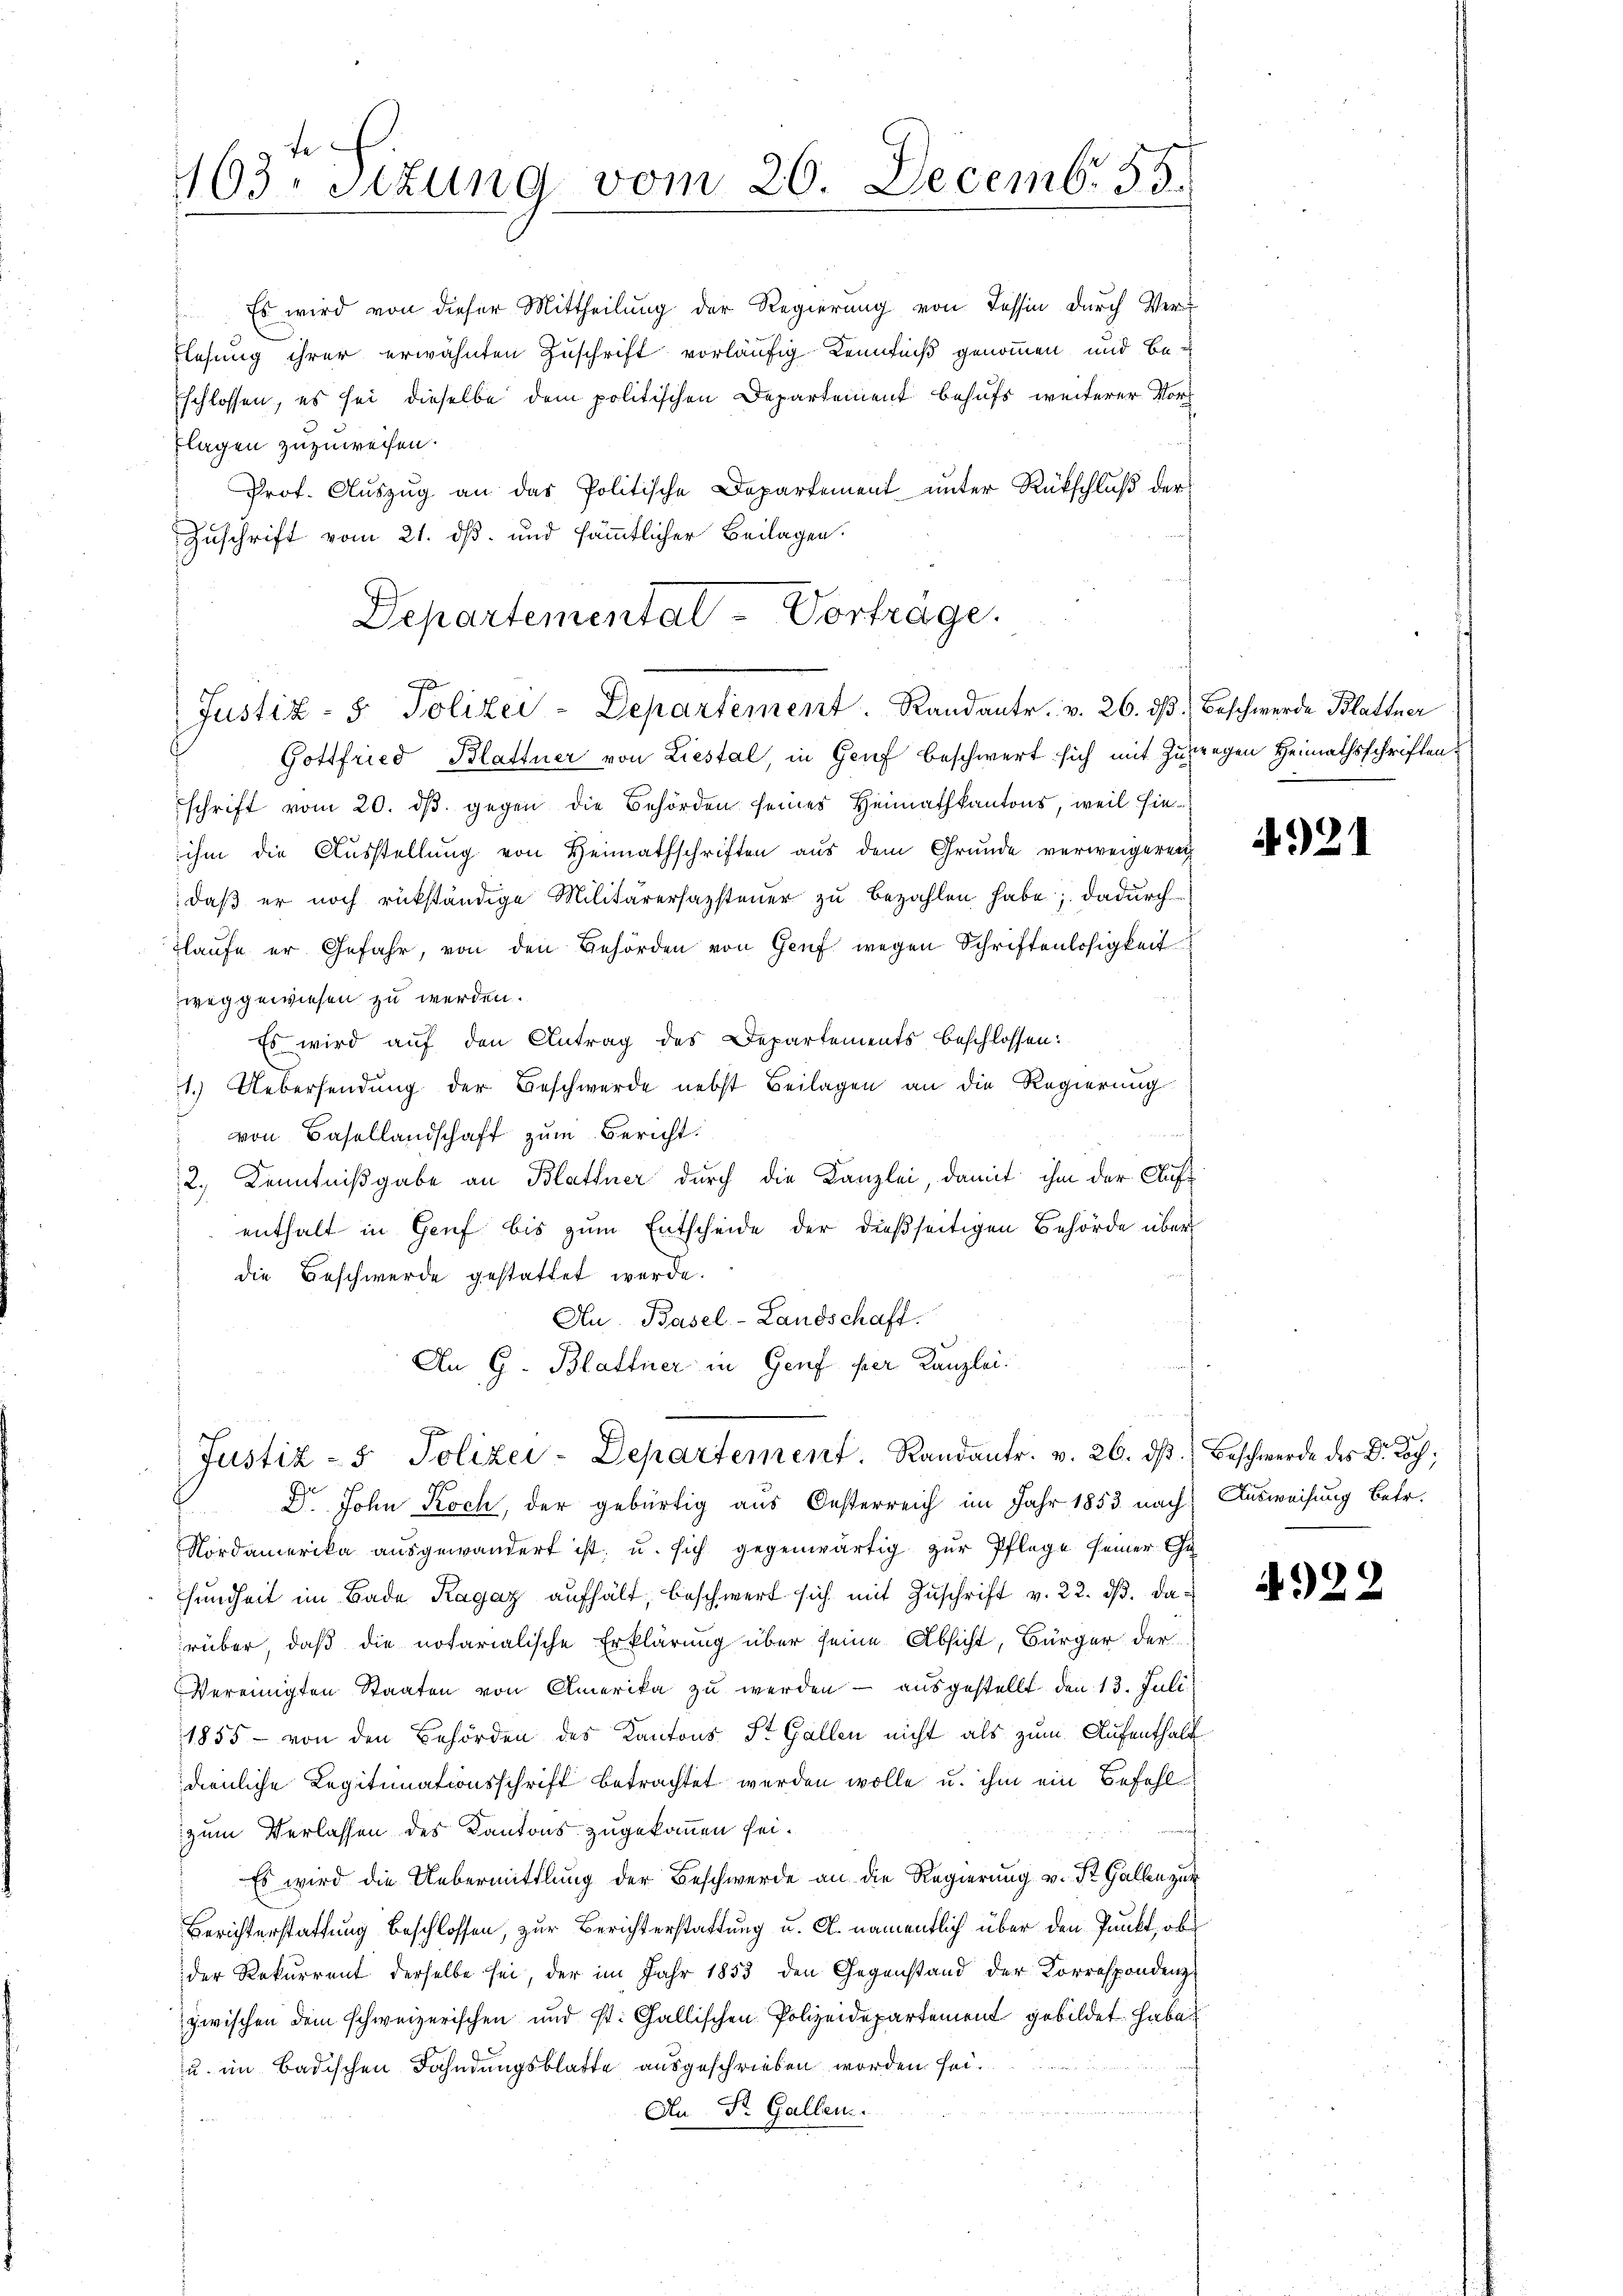
163. Setzung vom 26. Decemb. 55.

Prof. Aŭszŭg an das Politische Departement unter Rückschluß der
Zuschrift vom 21. dß. und sämmtlicher Beilagen.
Departemental-Vortrage.

Es wird von dieser Mittheilung der Regierung von Tessin durch Ver¬
Flesung ihrer erwähnten Zuschrift vorläufig Kenntniß genommen und be¬
Eschlossen, es sei dieselbe dem politischen Departement behufs weiterer Vorz
lagen zuzuweisen.

70
Justiz- & Polizei-Departement. Randante. v. 26. dβ. Beschwerde Blattner
Gottfried Blattner von Liestal, in Genf beschwert sich mit Zugegen Heimathsschriften

Au. Basel-Landschaft.
An G. Blattner in Genf per Kanzlei.
Justiz - 5. Polizei-Departement. Randantr. v. 26. dβ. Beschwerde des Dr. Loch;

schrift vom 20. dβ gegen die Behörden seines Heimathkantons, weil hieihm die Ausstellung von Heimathschriften aus dem Grunde verweigeren
daß er noch rükständige Militärersazsteuer zu bezahlen habe; dadurch
Tlaŭfe er Gefahr, von den Behörden von Genf wegen Schriftenlosigkeit
weg gewiesen zu werden.
Es wird auf den Antrag des Departements beschlossen:
1.) Uebersendŭng der Beschwerde nebst Beilagen an die Regierung
s
von Basellandschaft zum Bericht.
2., Kenntnißgabe an Blattner durch die Kanzlei, damit ihm der Aufenthalt in Genf bis zum Entscheide der dießseitigen Behörde über
die Beschwerde gestattet werde.
Dr. John Koch, der gebürtig aus Oesterreich im Jahr 1853 nach Ausweisung betr.
Nordamerika ausgewandert ist, u. sich gegenwärtig zur Pflege seiner Gesundheit im Bade Ragaz aufhält, beschwert sich mit Zŭschrift v. 22. dβ. da
rüber, daß die notarialische Erklärung über seine Absicht, Bürger der
Vereinigten Staaten von Amerika zu werden - ausgestellt den 13. Juli
1855 - von den Behörden des Kantons St. Gallen nicht als zum Aufenthalt
dienliche Legitimationsschrift betrachtet werden wolle u. ihm ein Befehl
zum Verlassen des Kantons zugekommen sei.
Es wird die Uebermittlung der Beschwerde an die Regierung v. St. Gallen zur
Berichterstattung beschlossen, zur Berichterstattung u. A. namentlich über den Punkt, ob
der Rekurrent derselbe sei, der im Jahr 1853 den Gegenstand der Korrespondenz
zwischen dem schweizerischen und St. Gallischen Polizeidepartement gebildet. Haben
u im Badischen Fahndungsblatte ausgeschrieben worden sei.
.
An St. Gallen.

4921

4922